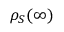
\rho _ { S } ( \infty )